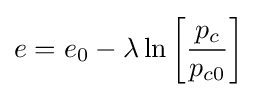
e=e_{0}-\lambda \ln \left[{\frac {p_{c}}{p_{c0}}}\right]